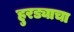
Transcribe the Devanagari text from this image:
हुरड्याचा